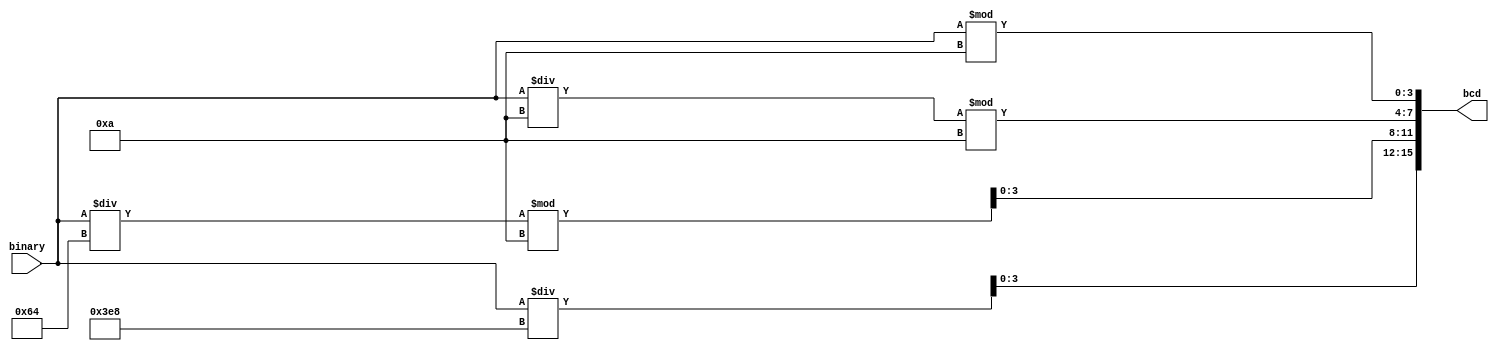
module bin2bcd #(parameter BINARY_LENGTH = 4, NUM_OF_DIGIT = 4) (
	input		wire	[BINARY_LENGTH-1:0]	binary,
	output	wire	[NUM_OF_DIGIT*4-1:0]	bcd);
		
	reg	[3:0]	code[0:3];
		
	assign bcd = {code[3], code[2], code[1], code[0]};
		
	always @(binary) begin
		code[3]		<= (binary  / 10'd1000);
		code[2]		<= (binary  / 8'd100)	%	4'd10;
		code[1]		<= (binary  / 4'd10)		%	4'd10;
		code[0]		<=  binary 	% 4'd10;
	end

endmodule